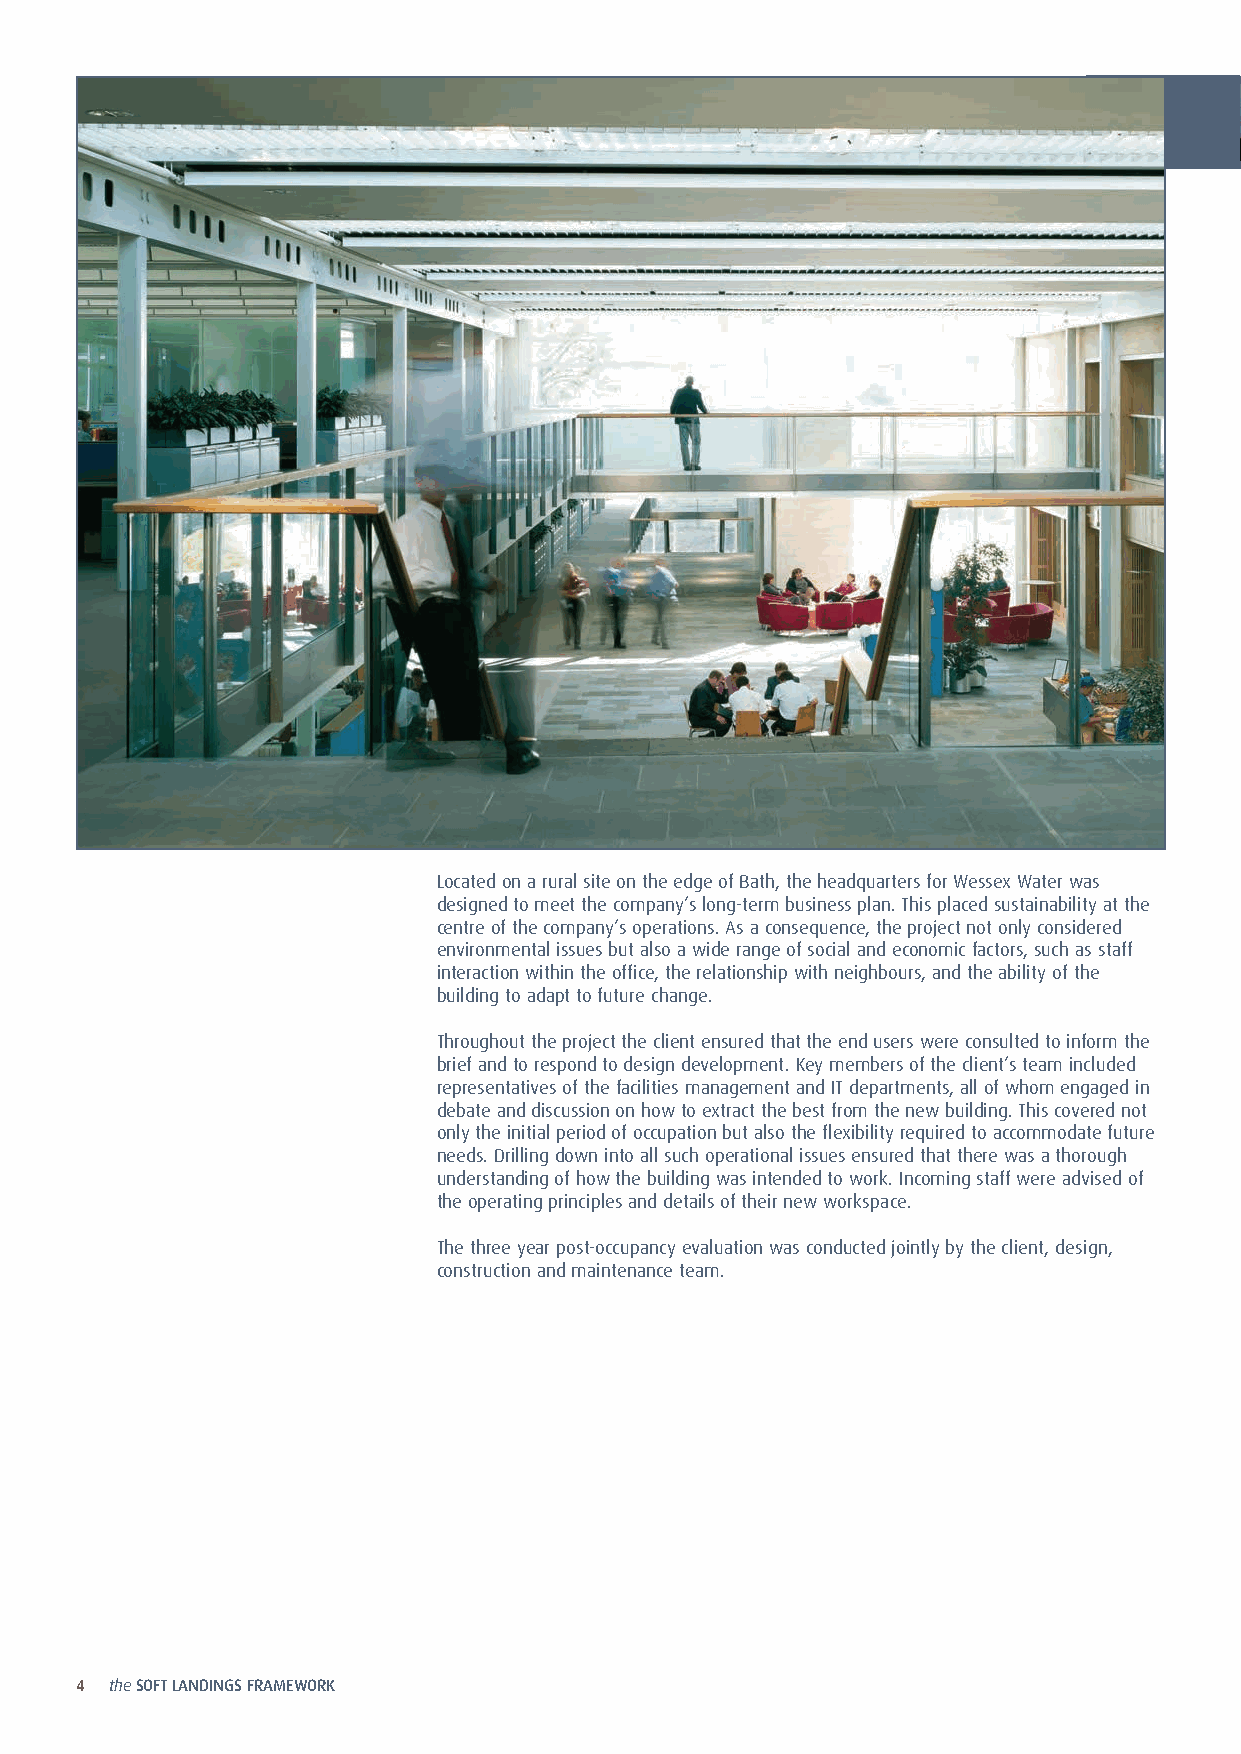
Located on a rural site on the edge of Bath, the headquarters for Wessex Water was
 designed to meet the company’s long-term business plan. This placed sustainability at the
 centre of the company’s operations. As a consequence, the project not only considered
 environmental issues but also a wide range of social and economic factors, such as staff
 interaction within the office, the relationship with neighbours, and the ability of the
 building to adapt to future change.
 Throughout the project the client ensured that the end users were consulted to inform the
 brief and to respond to design development. Key members of the client’s team included
 representatives of the facilities management and IT departments, all of whom engaged in
 debate and discussion on how to extract the best from the new building. This covered not
 only the initial period of occupation but also the flexibility required to accommodate future
 needs. Drilling down into all such operational issues ensured that there was a thorough
 understanding of how the building was intended to work. Incoming staff were advised of
 the operating principles and details of their new workspace.
 The three year post-occupancy evaluation was conducted jointly by the client, design,
 construction and maintenance team.
 4 theSOFT LANDINGS FRAMEWORK